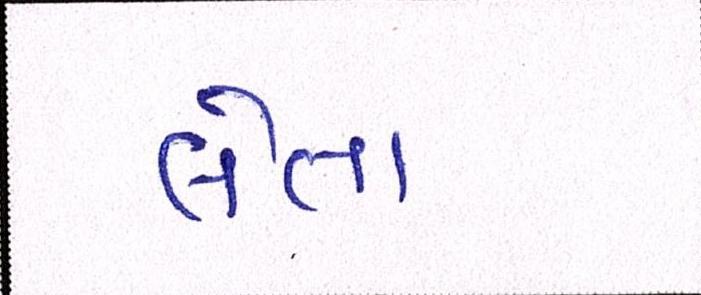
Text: લેતા